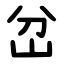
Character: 岔